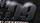
09